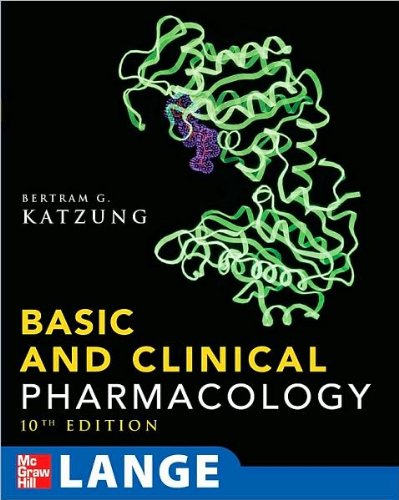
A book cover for Basic & Clinical Pharmacology (text only) 10th (Tenth) edition by B. Katzung; J.K; Medical Books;